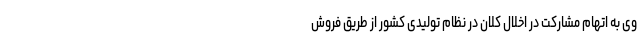
وی به اتهام مشارکت در اخلال کلان در نظام تولیدی کشور از طریق فروش